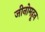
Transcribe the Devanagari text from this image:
जीनोमहून